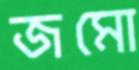
জমো